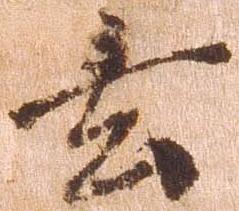
玄